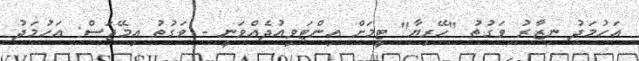
އަހުމަދު ނިޒާރު ވަގުތު "ހޭރިޔާ" ޓީމަށް އިންޓަވިއުދެއްވަނީ - ވަގުތު އިމޭޖަސް: އަހުމަދު